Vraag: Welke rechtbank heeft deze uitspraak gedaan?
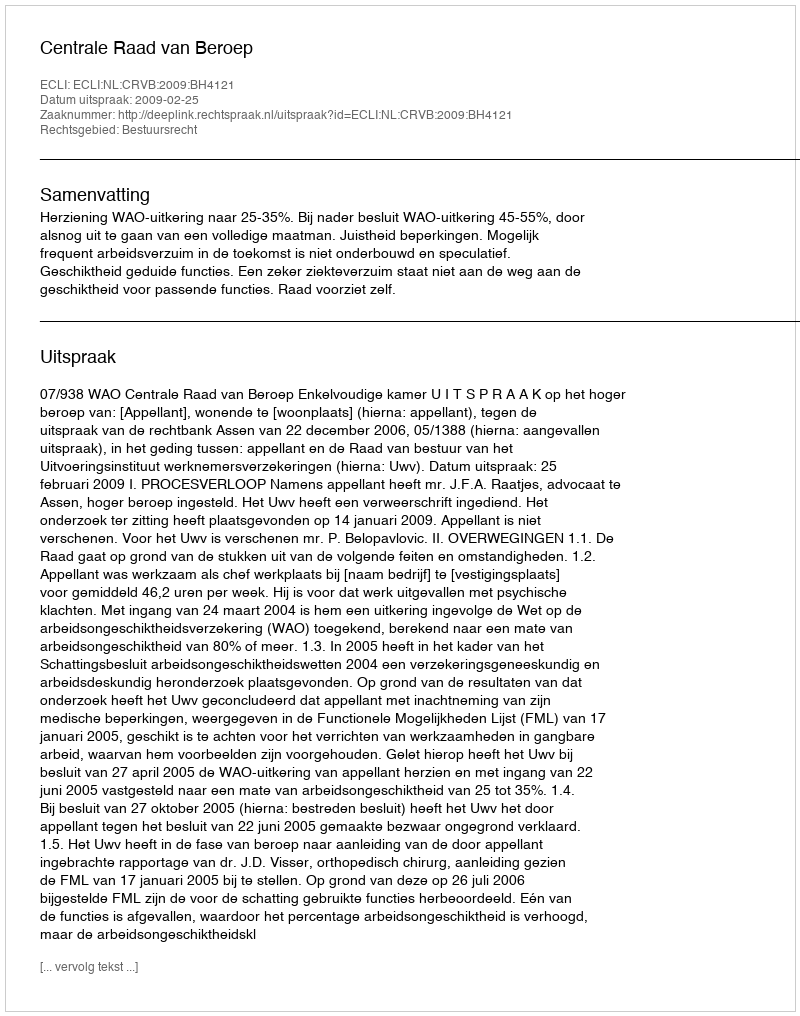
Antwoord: Centrale Raad van Beroep